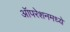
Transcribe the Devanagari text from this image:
ऑपरेशनमध्ये